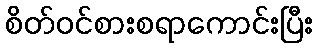
စိတ်ဝင်စားစရာကောင်းပြီး